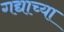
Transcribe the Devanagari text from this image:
गद्याच्या